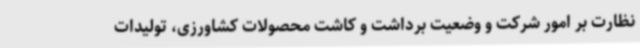
نظارت بر امور شرکت و وضعیت برداشت و کاشت محصولات کشاورزی، تولیدات